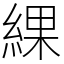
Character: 綶